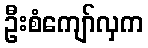
ဦးစံကျော်လှက